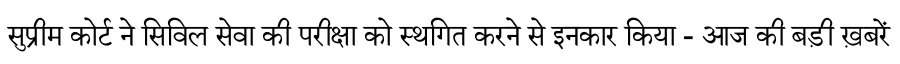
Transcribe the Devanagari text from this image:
सुप्रीम कोर्ट ने सिविल सेवा की परीक्षा को स्थगित करने से इनकार किया - आज की बड़ी ख़बरें